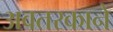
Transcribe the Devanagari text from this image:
अवतरकाने